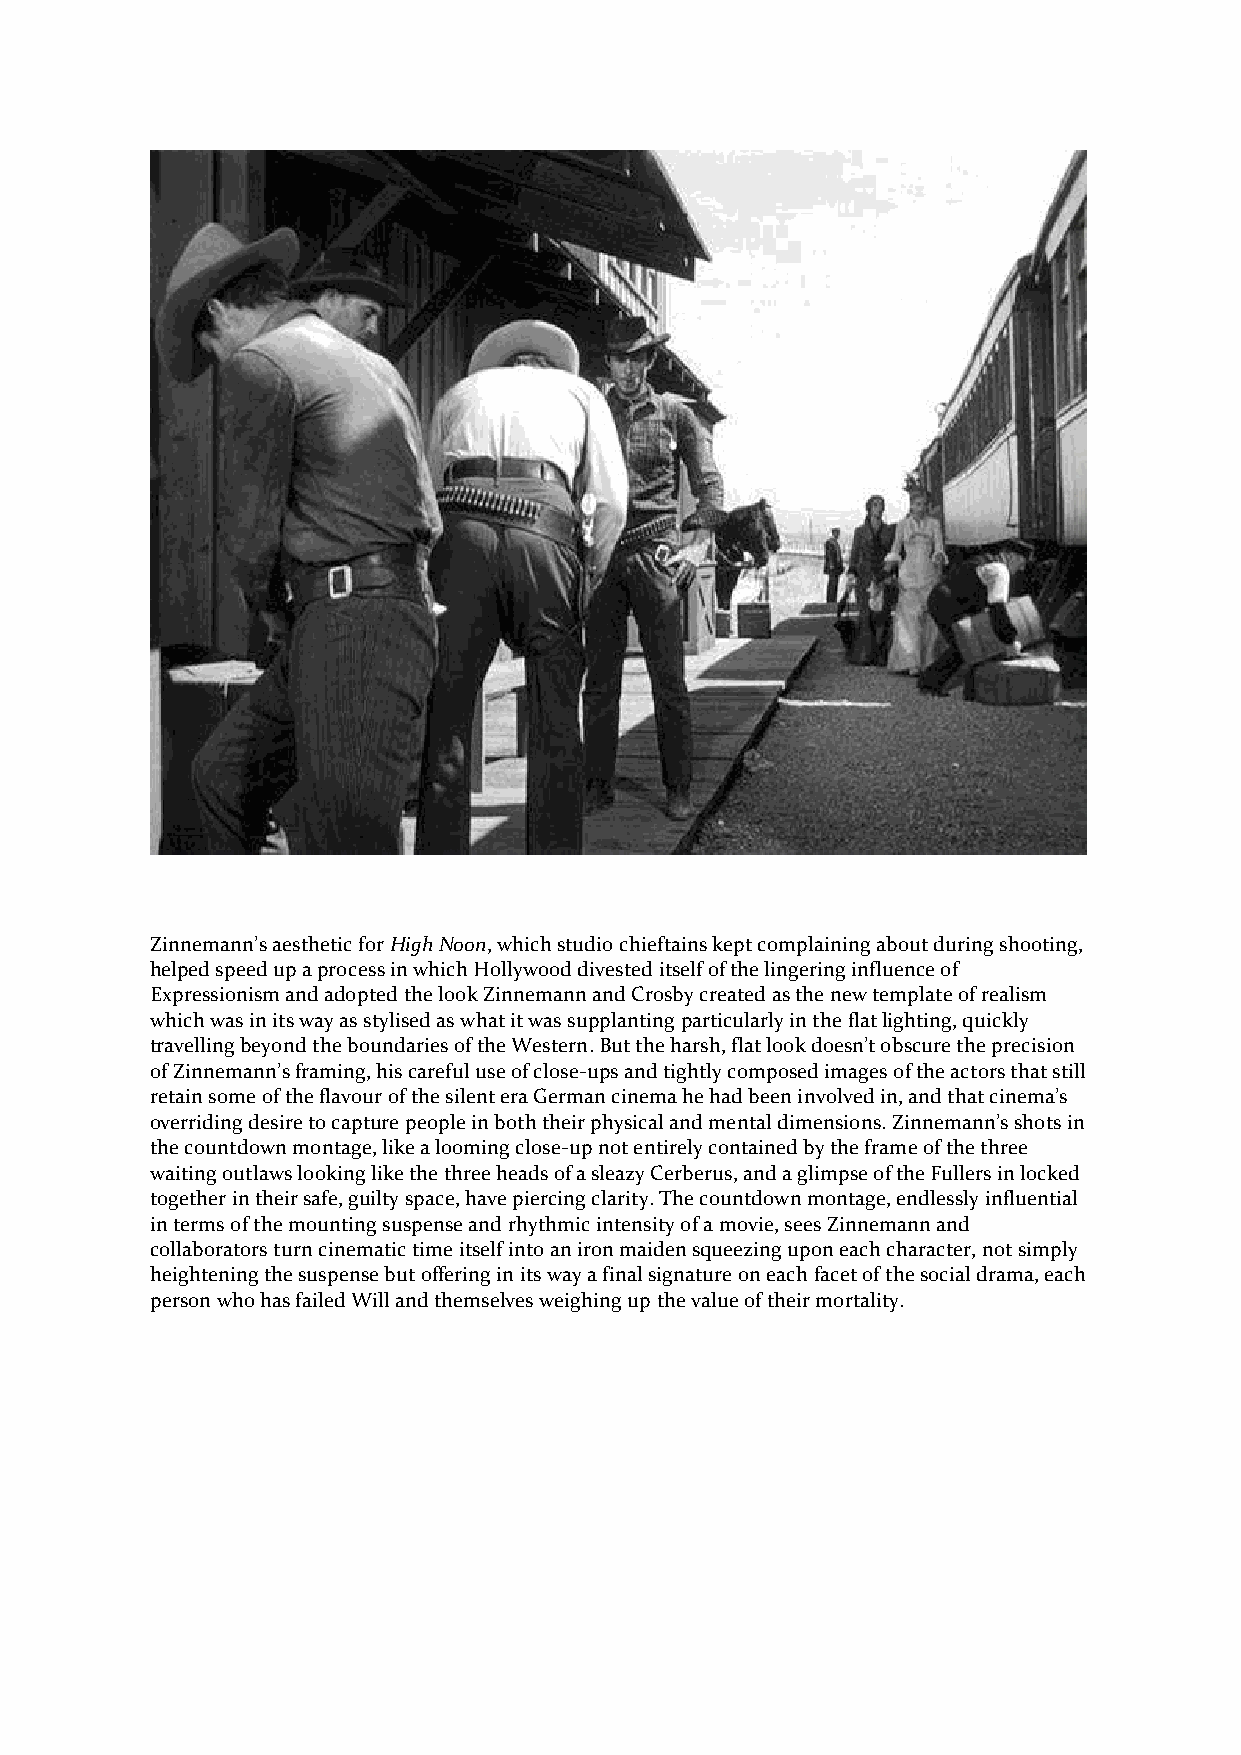
Zinnemann’s aesthetic for High Noon, which studio chieftains kept complaining about during shooting,
 helped speed up a process in which Hollywood divested itself of the lingering influence of
 Expressionism and adopted the look Zinnemann and Crosby created as the new template of realism
 which was in its way as stylised as what it was supplanting particularly in the flat lighting, quickly
 travelling beyond the boundaries of the Western. But the harsh, flat look doesn’t obscure the precision
 of Zinnemann’s framing, his careful use of close-ups and tightly composed images of the actors that still
 retain some of the flavour of the silent era German cinema he had been involved in, and that cinema’s
 overriding desire to capture people in both their physical and mental dimensions. Zinnemann’s shots in
 the countdown montage, like a looming close-up not entirely contained by the frame of the three
 waiting outlaws looking like the three heads of a sleazy Cerberus, and a glimpse of the Fullers in locked
 together in their safe, guilty space, have piercing clarity. The countdown montage, endlessly influential
 in terms of the mounting suspense and rhythmic intensity of a movie, sees Zinnemann and
 collaborators turn cinematic time itself into an iron maiden squeezing upon each character, not simply
 heightening the suspense but offering in its way a final signature on each facet of the social drama, each
 person who has failed Will and themselves weighing up the value of their mortality.